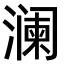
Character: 澜